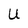
Character: U